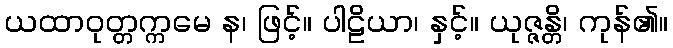
ယထာဝုတ္တက္ကမေ န၊ ဖြင့်။ ပါဠိယာ၊ နှင့်။ ယုဇ္ဇန္တိ၊ ကုန်၏။